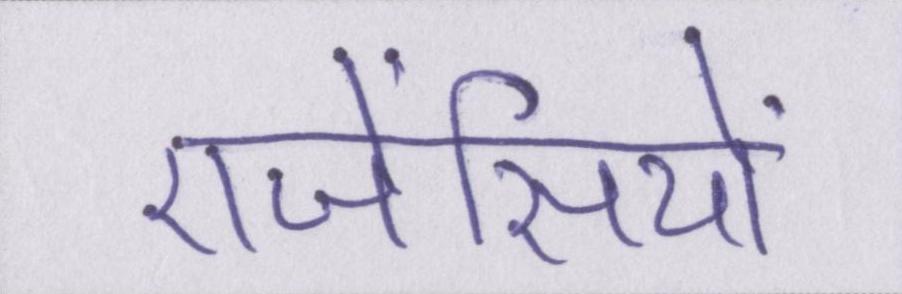
एजेंसियों